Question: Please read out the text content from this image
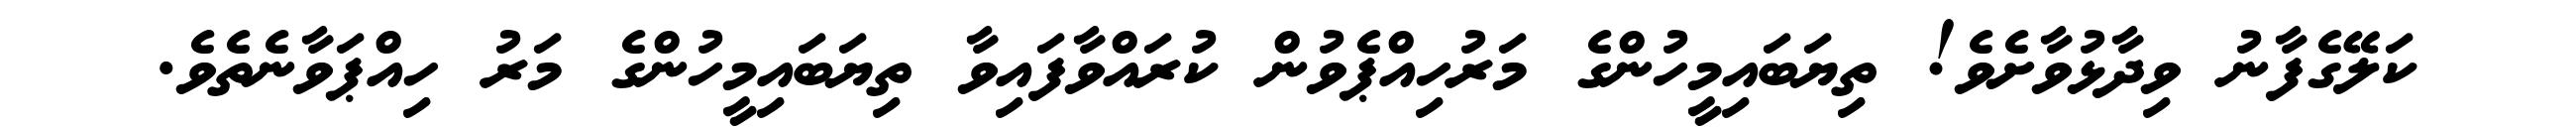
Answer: ކަލޭގެފާނު ވިދާޅުވާށެވެ! ތިޔަބައިމީހުންގެ މަރުހިއްޕެވުން ކުރައްވާފައިވާ ތިޔަބައިމީހުންގެ މަރު ހިއްޕަވާނެތެވެ.